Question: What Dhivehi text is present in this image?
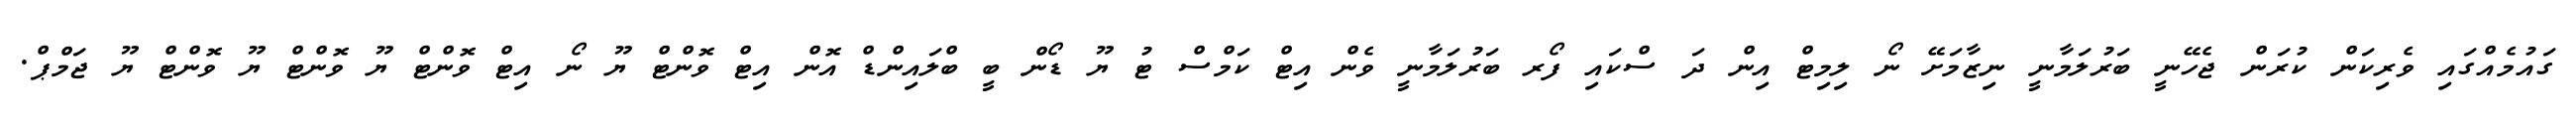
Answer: ގައުމެއްގައި ވެރިކަން ކުރަން ޖެހޭނީ ބަރުލަމާނީ ނިޒާމަށޭ ނޯ ލިމިޓް އިން ދަ ސްކައި ފޯރ ބަރުލަމާނީ ވެން އިޓް ކަމްސް ޓު ޔޫ ޑޯން ބީ ބްލައިންޑް އޮން އިޓް ވޮންޓް ޔޫ ނޯ އިޓް ވޮންޓް ޔޫ ވޮންޓް ޔޫ ވޮންޓް ޔޫ ޖަމްޕް.